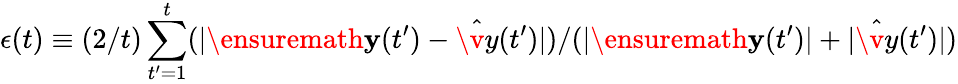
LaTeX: \epsilon(t)\equiv(2/t)\sum_{t^{\prime}=1}^{t}(|\ensuremath{\mathbf{y}}(t^{\prime})-\hat{\v{y}}(t^{\prime})|)/(|\ensuremath{\mathbf{y}}(t^{\prime})|+|\hat{\v{y}}(t^{\prime})|)